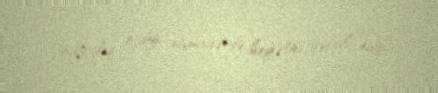
başçılıq etdiyi nümayəndə heyətini qəbul edib.